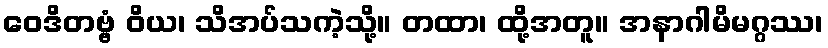
ဝေဒိတဗ္ဗံ ဝိယ၊ သိအပ်သကဲ့သို့။ တထာ၊ ထို့အတူ။ အနာဂါမိမဂ္ဂဿ၊